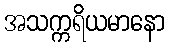
အသက္ကရိယမာနော